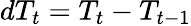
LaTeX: dT_{t}=T_{t}-T_{t-1}